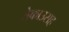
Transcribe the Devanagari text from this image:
तेकाउसह